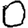
Digit: 0